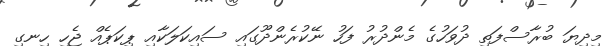
މިދިޔަ ބުރާސްފަތި ދުވަހުގެ މެންދުރު ފަހު ނޭކުރެންދޫގައި ސައިކަލަކާއި ޕިކަޕެއް ޖެހި ހިނގި